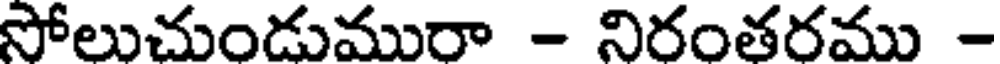
సోలుచుండుమురా - నిరంతరము -